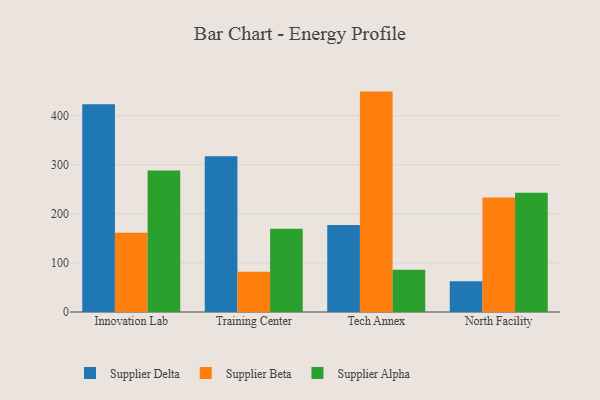
{"axis": {"x": "Campus", "y": "Tickets Resolved"}, "legend": ["Supplier Alpha", "Supplier Beta", "Supplier Delta"], "data": [{"x": "Innovation Lab", "y": 423.2, "type": "Supplier Delta"}, {"x": "Innovation Lab", "y": 161.3, "type": "Supplier Beta"}, {"x": "Innovation Lab", "y": 288.2, "type": "Supplier Alpha"}, {"x": "Training Center", "y": 317.3, "type": "Supplier Delta"}, {"x": "Training Center", "y": 81.9, "type": "Supplier Beta"}, {"x": "Training Center", "y": 169.4, "type": "Supplier Alpha"}, {"x": "Tech Annex", "y": 177.1, "type": "Supplier Delta"}, {"x": "Tech Annex", "y": 448.9, "type": "Supplier Beta"}, {"x": "Tech Annex", "y": 86.0, "type": "Supplier Alpha"}, {"x": "North Facility", "y": 62.6, "type": "Supplier Delta"}, {"x": "North Facility", "y": 233.4, "type": "Supplier Beta"}, {"x": "North Facility", "y": 243.0, "type": "Supplier Alpha"}]}